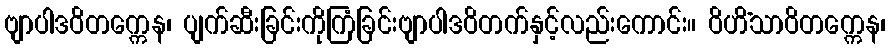
ဗျာပါဒဝိတက္ကေန၊ ပျက်ဆီးခြင်းကိုကြံခြင်းဗျာပါဒဝိတက်နှင့်လည်းကောင်း။ ဝိဟိံသာဝိတက္ကေန၊